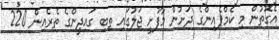
އެގޮތުން މި ކެމްޕެއިންގެ ދަށުން މާފުށީ ޖަލުގައި ތިބި ގައިދީންގެ ތެރެއިން 220